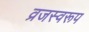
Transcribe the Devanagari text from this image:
व्रजस्वरूप